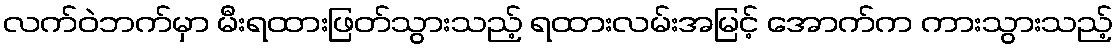
လက်ဝဲဘက်မှာ မီးရထားဖြတ်သွားသည့် ရထားလမ်းအမြင့် အောက်က ကားသွားသည့်